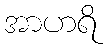
အာဟရိ